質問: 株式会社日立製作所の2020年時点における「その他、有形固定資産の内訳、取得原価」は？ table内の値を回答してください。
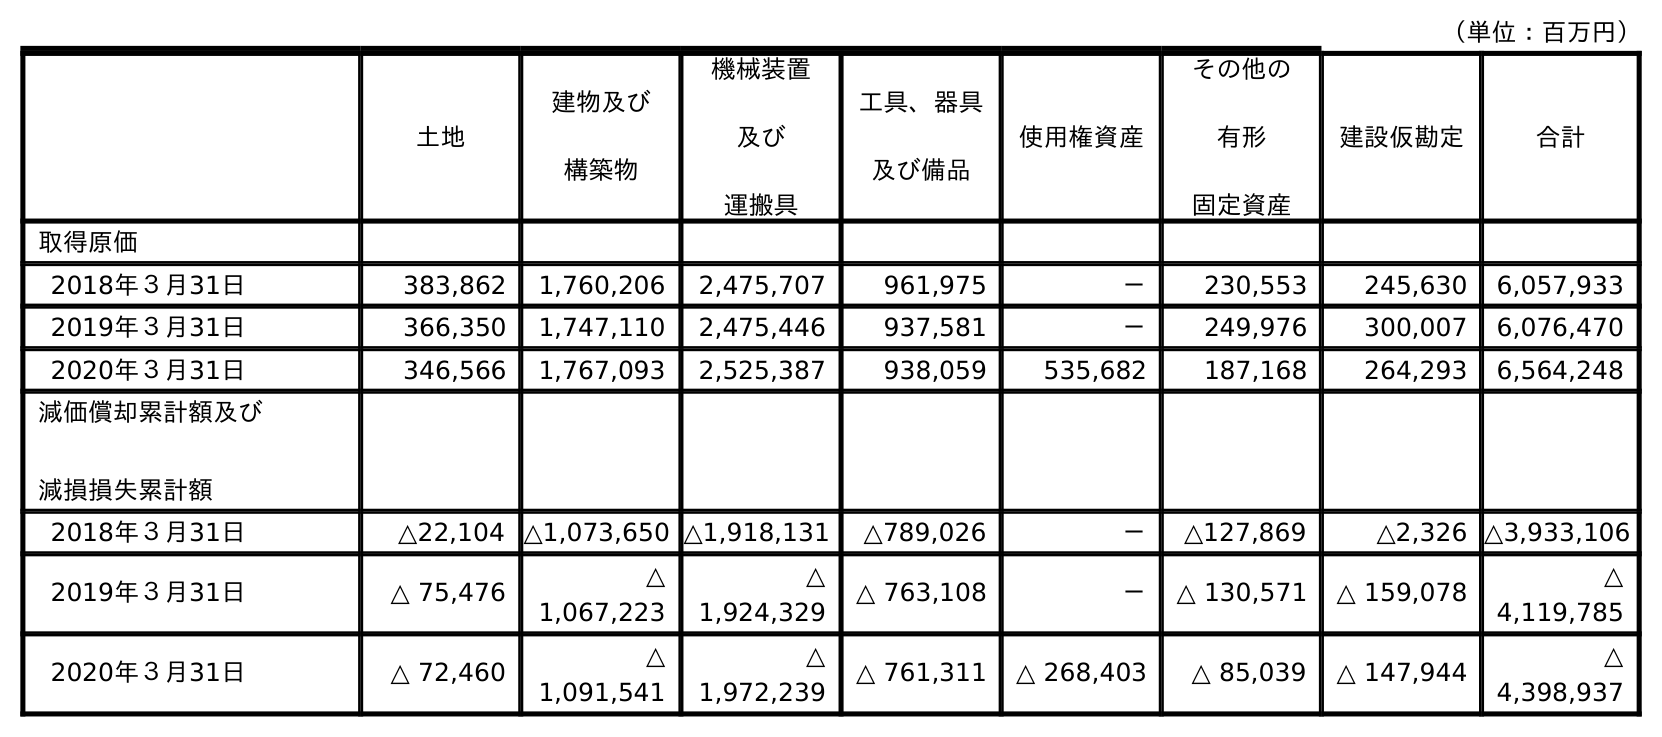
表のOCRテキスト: （単位：百万円） 土地 建物及び 構築物 機械装置 及び 運搬具 工具、器具 及び備品 使用権資産 その他の 有形 固定資産 建設仮勘定 合計 取得原価 2018年３月31日 383,862 1,760,206 2,475,707 961,975 － 230,553 245,630 6,057,933 2019年３月31日 366,350 1,747,110 2,475,446 937,581 － 249,976 300,007 6,076,470 2020年３月31日 346,566 1,767,093 2,525,387 938,059 535,682 187,168 264,293 6,564,248 減価償却累計額及び 減損損失累計額 2018年３月31日 △22,104 △1,073,650 △1,918,131 △789,026 － △127,869 △2,326 △3,933,106 2019年３月31日 △ 75,476 △ 1,067,223 △ 1,924,329 △ 763,108 － △ 130,571 △ 159,078 △ 4,119,785 2020年３月31日 △ 72,460 △ 1,091,541 △ 1,972,239 △ 761,311 △ 268,403 △ 85,039 △ 147,944 △ 4,398,937
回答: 187,168